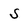
Character: s